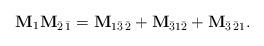
LaTeX: \begin{align*} \mathbf{M}_{1}\mathbf{M}_{\bar{2}\,\bar1}={}&\mathbf{M}_{1\bar{3}\,\bar2}+\mathbf{M}_{\bar31\bar2}+\mathbf{M}_{\bar{3}\,\bar21}.\end{align*}